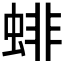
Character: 𧍃